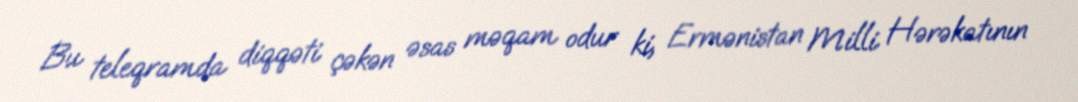
Bu teleqramda diqqəti çəkən əsas məqam odur ki, Ermənistan Milli Hərəkatının